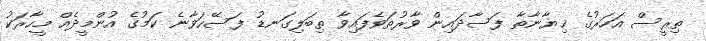
ތިރީސް އަހަރުގެ ޚިޔާނާތާ ފަސާދައިން ވާރުތަވެފައިވާ ތިބަލިގަނޑު ފަސޭހަވާނެ ކަމުގެ އުންމީދެއް މީހާރަކު